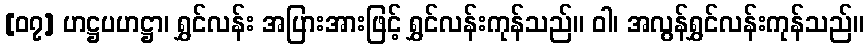
[၀၇] ဟဋ္ဌပဟဋ္ဌာ၊ ရွှင်လန်း အပြားအားဖြင့် ရွှင်လန်းကုန်သည်။ ဝါ၊ အလွန်ရွှင်လန်းကုန်သည်။